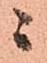
ニ